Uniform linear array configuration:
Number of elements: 32
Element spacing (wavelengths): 0.5
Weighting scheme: binomial
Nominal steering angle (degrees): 45
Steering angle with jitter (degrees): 46.371
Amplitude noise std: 0.05
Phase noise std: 0.05

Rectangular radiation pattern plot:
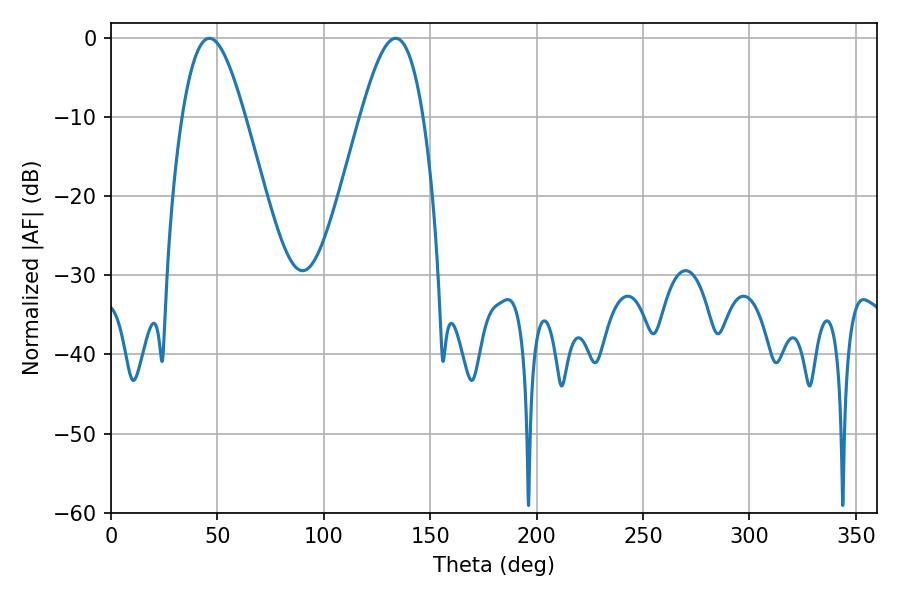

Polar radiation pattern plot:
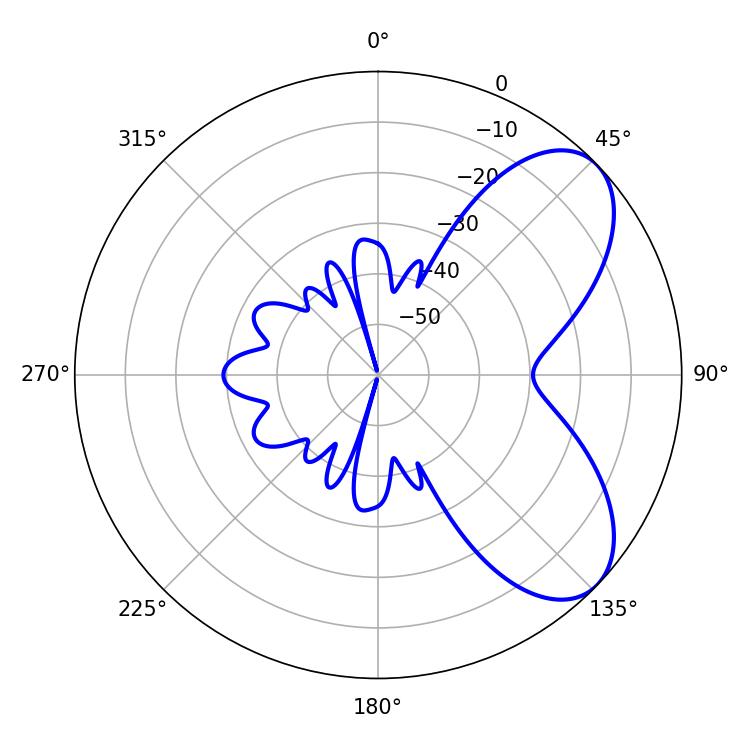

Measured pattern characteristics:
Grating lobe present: FALSE
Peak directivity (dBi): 6.552
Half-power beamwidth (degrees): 15.84
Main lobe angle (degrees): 46.26